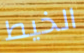
الخيط